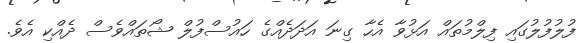
ފުލުފުލުގައި ފިލްމުތައް އަޅުވާ އެހާ ގިނަ އަދަދެއްގެ ހައުސްފުލް ޝޯތައްވެސް ދެއްކި އެވެ.